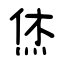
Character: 烋